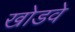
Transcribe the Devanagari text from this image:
खोडवे